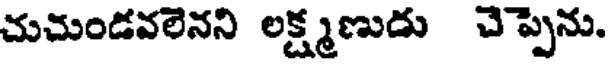
చుచుండవలెనని లక్ష్మణుడు చెప్పెను.